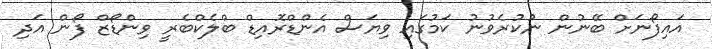
އައިފޯނަށް ބޭނުން ނުކުރެވުނު ކަމުގައި ވިޔަސް އެންޑްރޮއިޑް ބްލެކްބެރީ ވިންޑޯޒް ފޯން އަދި